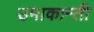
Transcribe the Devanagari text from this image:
उमाकान्‍ती